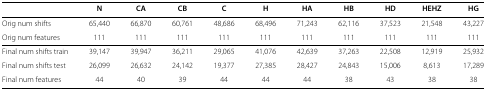
<table><thead><tr><td><b> </b></td><td><b>N</b></td><td><b>CA</b></td><td><b>CB</b></td><td><b>C</b></td><td><b>H</b></td><td><b>HA</b></td><td><b>HB</b></td><td><b>HD</b></td><td><b>HEHZ</b></td><td><b>HG</b></td></tr></thead><tbody><tr><td>Orig num shifts</td><td>65,440</td><td>66,870</td><td>60,761</td><td>48,686</td><td>68,496</td><td>71,243</td><td>62,116</td><td>37,523</td><td>21,548</td><td>43,227</td></tr><tr><td>Orig num features</td><td>111</td><td>111</td><td>111</td><td>111</td><td>111</td><td>111</td><td>111</td><td>111</td><td>111</td><td>111</td></tr><tr><td>Final num shifts train</td><td>39,147</td><td>39,947</td><td>36,211</td><td>29,065</td><td>41,076</td><td>42,639</td><td>37,263</td><td>22,508</td><td>12,919</td><td>25,932</td></tr><tr><td>Final num shifts test</td><td>26,099</td><td>26,632</td><td>24,142</td><td>19,377</td><td>27,385</td><td>28,427</td><td>24,843</td><td>15,006</td><td>8,613</td><td>17,289</td></tr><tr><td>Final num features</td><td>44</td><td>40</td><td>39</td><td>44</td><td>44</td><td>44</td><td>38</td><td>43</td><td>38</td><td>38</td></tr></tbody></table>